Burma Government Medical School reports 1923-41
Year: 1923
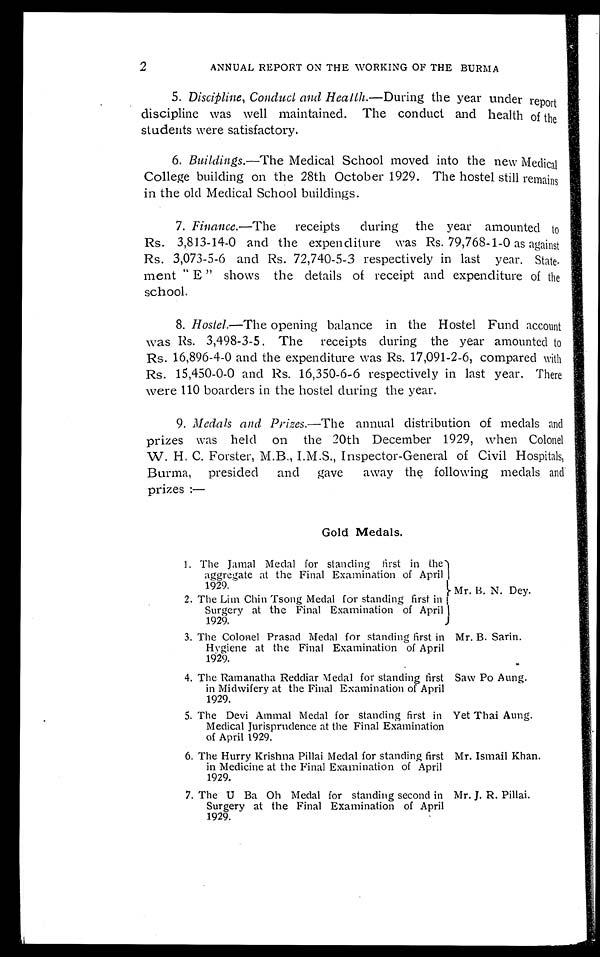
Mr. B. Sarin.
Saw Po Aung.
Yet Thai Aung.
Mr. Ismail Khan.
Mr. J. R. Pillai.
2
ANNUAL REPORT ON THE WORKING OF THE BURMA
5. Discipline, Conduct and Health. —During the year under report
discipline was well maintained. The conduct and health of the
students were satisfactory.
6. Buildings.—The Medical School moved into the new Medical
College building on the 28th October 1929. The hostel still remains
in the old Medical School buildings.
7. Finance.—The
receipts during the year amounted to
Rs. 3,813-14-0 and the expenditure was Rs. 79,768-1-0 as against
Rs. 3,073-5-6 and Rs. 72,740-5-3 respectively in last year. State
me n t " E " s h o ws t h e d e t a i l s o f r e c e i p t a n d e x p e n d i t u r e o f t h e
school.
8. Hostel.—The opening balance in the Hostel Fund account
was Rs. 3,498-3-5. The receipts during the year amounted to
Rs. 16,896-4-0 and the expenditure was Rs. 17,091-2-6, compared with
Rs. 15,450-0-0 and Rs. 16,350-6-6 respectively in last year. There
were 110 boarders in the hostel during the year.
9. Medals and Prizes.—The annual distribution of medals and
prizes was held on the 20th December 1929, when Colonel
W. H. C. Forster, M.B., I.M.S., Inspector-General of Civil Hospitals,
Burma, presided and gave away the following medals and
prizes :—
Gold Medals.
1. The Jamal Medal for standing first in the
aggregate at the Final Examination of April
1929.
2. The Lim Chin Tsong Medal for standing first in
Surgery at the Final Examination of April
1929.
3. The Colonel Prasad Medal for standing first in
Hygiene at the Final Examination of April
1929.
4. The Ramanatha Reddiar Medal for standing first
in Midwifery at the Final Examination of April
1929.
5. The Devi Ammal Medal for standing first in
Medical Jurisprudence at the Final Examination
of April 1929.
6. The Hurry Krishna Pillai Medal for standing first
in Medicine at the Final Examination of April
1929.
7. The U Ba Oh Medal for standing second in
Surgery at the Final Examination of April
1929.
Mr. B. N. Dey.